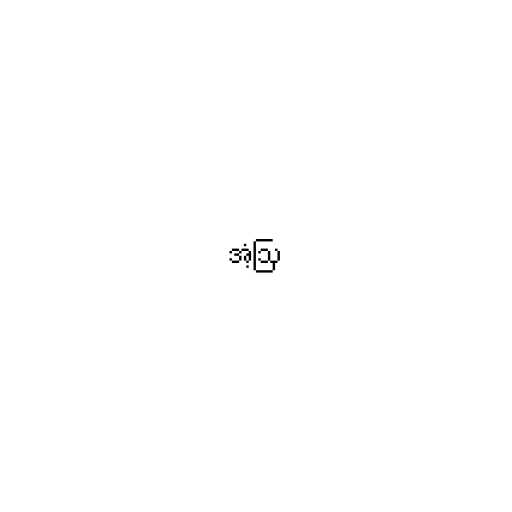
အံ့ဩ